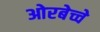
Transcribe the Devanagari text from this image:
ओरबेच्चे